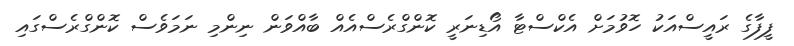
ފީފާގެ ރައީސްއަކު ހޮވުމަށް އެކްސްޓާ އޯޑިނަރީ ކޮންގްރެސްއެއް ބާއްވަން ނިންމި ނަމަވެސް ކޮންގްރެސްގައި